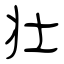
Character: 壮